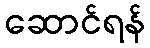
ဆောင်ရန်